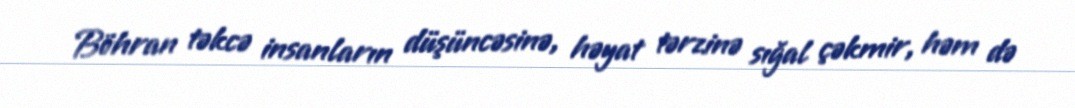
Böhran təkcə insanların düşüncəsinə, həyat tərzinə sığal çəkmir, həm də